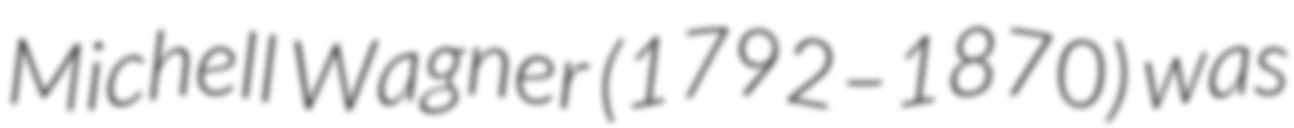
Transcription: Michell Wagner (1792–1870) was